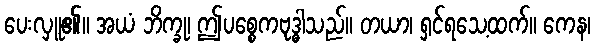
ပေးလှူ၏။ အယံ ဘိက္ခု၊ ဤပစ္စေကဗုဒ္ဓါသည်။ တယာ၊ ရှင်ရသေ့ထက်။ ကေန၊